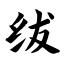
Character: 绂